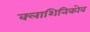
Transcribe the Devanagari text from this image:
क्लाशिनिकोव